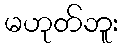
မဟုတ်ဘူး